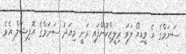
ސަނަމްގެ އެ ވީޑިއޯ ލަވަ ރިލީޒްކޮށްފައި ވަނީ މިއަދު ސަނަމްގެ އޮފިޝަލް އެވެ.